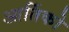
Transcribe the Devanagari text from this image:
आर्तिको